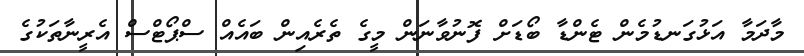
މާދަމާ އަޅުގަނޑުމެން ޓެންޑާ ބޯޑަށް ފޮނުވާނަން މީގެ ތެރެއިން ބައެއް ސްޕޯޓްސް އެރީނާތަކުގެ